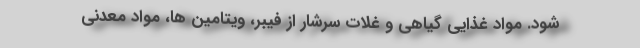
شود. مواد غذایی گیاهی و غلات سرشار از فیبر، ویتامین ها، مواد معدنی